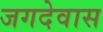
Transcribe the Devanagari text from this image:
जगदेवास